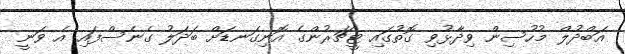
އަބްދުލް މުހުސިން ވިދާޅުވި ގޮތުގައި ޓީޗަރުންގެ އޮނިގަނޑަށް ބަދަލު ގެނެސްފައި އެ ވަނީ